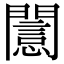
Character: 𨶡